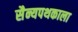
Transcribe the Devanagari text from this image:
सैन्यपथकाला